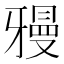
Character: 𱭧